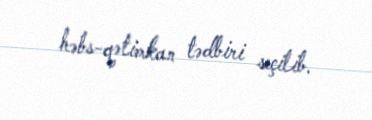
həbs-qətimkan tədbiri seçilib.